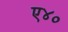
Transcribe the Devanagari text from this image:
ए४०